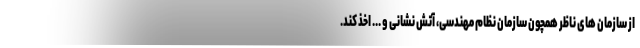
از سازمان های ناظر همچون سازمان نظام مهندسی، آتش نشانی و ... اخذ کند.